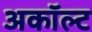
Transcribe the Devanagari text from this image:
अकॉल्ट